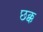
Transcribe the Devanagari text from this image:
छक्क